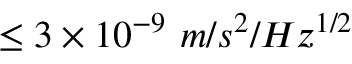
\leq 3 \times 1 0 ^ { - 9 } \ m / s ^ { 2 } / H z ^ { 1 / 2 }